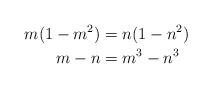
LaTeX: \begin{align*}m(1-m^2) &= n(1-n^2) \\m-n &= m^3 - n^3\end{align*}